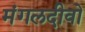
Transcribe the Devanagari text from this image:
मंगलदीवो